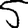
Digit: 5